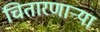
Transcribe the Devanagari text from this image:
चितारणाऱ्या